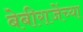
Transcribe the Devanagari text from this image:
बेबीराजेंच्या